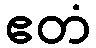
ဧတံ